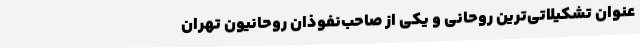
عنوان‌ تشکیلاتی‌ترین‌ روحانی‌ و یکی‌ از صاحب‌نفوذان‌ روحانیون ‌تهران‌